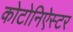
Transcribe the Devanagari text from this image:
कोटोनिऐस्टर